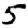
Digit: 5